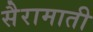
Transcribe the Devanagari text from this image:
सैरामाती